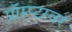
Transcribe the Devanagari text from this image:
प्रॉम्प्टरवर